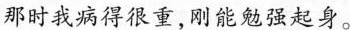
那时我病得很重，刚能勉强起身。